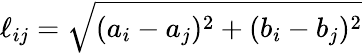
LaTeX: \ell_{ij}=\sqrt{(a_{i}-a_{j})^{2}+(b_{i}-b_{j})^{2}}